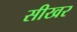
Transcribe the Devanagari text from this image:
सीखर